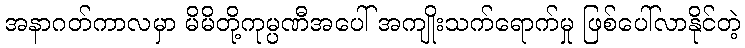
အနာဂတ်ကာလမှာ မိမိတို့ကုမ္ပဏီအပေါ် အကျိုးသက်ရောက်မှု ဖြစ်ပေါ်လာနိုင်တဲ့